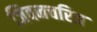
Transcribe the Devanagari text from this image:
जिवनचरित्र